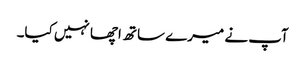
آپ نے میرے ساتھ اچھا نہیں کیا۔